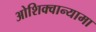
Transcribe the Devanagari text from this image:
ओशिक्वान्यामा